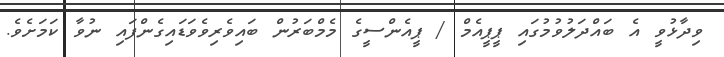
ވިދާޅުވީ އެ ބައްދަލުވުމުގައި ޕީޕީއެމް / ޕީއެންސީގެ މެމްބަރުން ބައިވެރިވެވަޑައިގެންފައި ނުވާ ކަމަށެވެ.